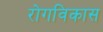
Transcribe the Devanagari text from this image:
रोगविकास